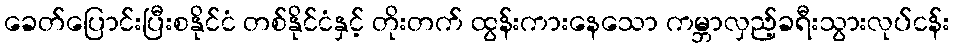
ခေတ်ပြောင်းပြီးစနိုင်ငံ တစ်နိုင်ငံနှင့် တိုးတက် ထွန်းကားနေသော ကမ္ဘာလှည့်ခရီးသွားလုပ်ငန်း